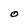
Character: O